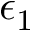
\epsilon _ { 1 }